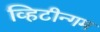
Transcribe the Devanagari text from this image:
व्हिटीन्गम